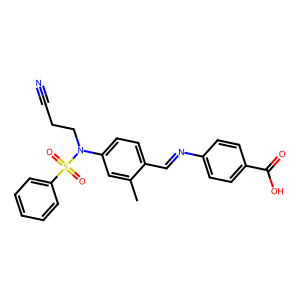
SMILES: Cc1cc(N(CCC#N)S(=O)(=O)c2ccccc2)ccc1C=Nc1ccc(C(=O)O)cc1
Inhibits HIV replication: No